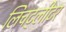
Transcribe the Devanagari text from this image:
लिचट्लीटर